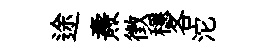
途燾徴穩各沱